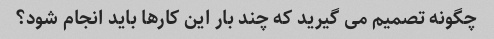
چگونه تصمیم می گیرید که چند بار این کارها باید انجام شود؟